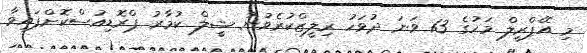
މި އޭޕްރީލް މަހުގެ 13 ވަނަ ދުވަހު ރިލީޒްކުރެވުނު ޝީލް ކުމާރު ޕްރޮޑިއުސްކޮށްފައިވާ